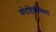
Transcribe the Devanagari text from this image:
फोटोहेमोल्य्सिस